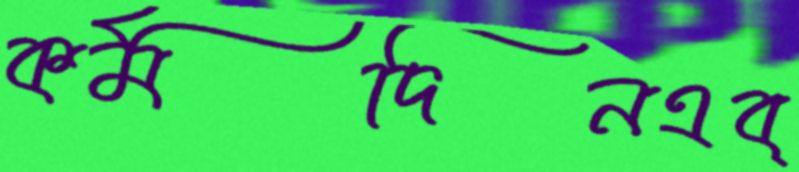
কর্মদিনএব্